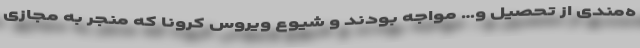
ه‌مندی از تحصیل و… مواجه بودند و شیوع ویروس کرونا که منجر به مجازی